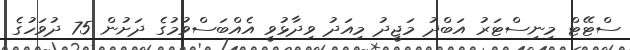
ސްޓޭޓް މިނިސްޓަރު އަބްދު މަޖީދު މިއަދު ވިދާޅުވީ އެއްބަސްވުމުގެ ދަށުން 75 ދުވަހުގެ